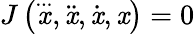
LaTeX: J\left({\overset{...}{\mathit{x}}},{\ddot{{\mathit{x}}}},{\dot{{\mathit{x}}}},\mathit{x}\right)=0